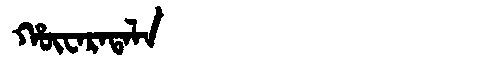
Manchu: ᡥᡡᠸᠠᡵᠠᡨᠠᠯᠠ
Romanization: HŪWARATALA